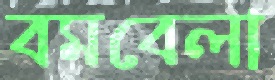
বমবেলা